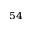
^ { 5 4 }